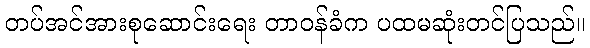
တပ်အင်အားစုဆောင်းရေး တာဝန်ခံက ပထမဆုံးတင်ပြသည်။